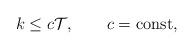
LaTeX: \begin{align*} \ k\leq c\mathcal{T}, \ \ \ \ \ \ c={\rm const},\end{align*}